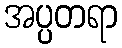
အပ္ပတရာ